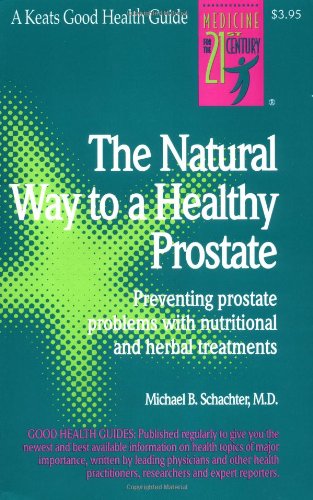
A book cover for The Natural Way to a Healthy Prostate (Good Health Guides); Michael B. Schachter; Health, Fitness & Dieting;